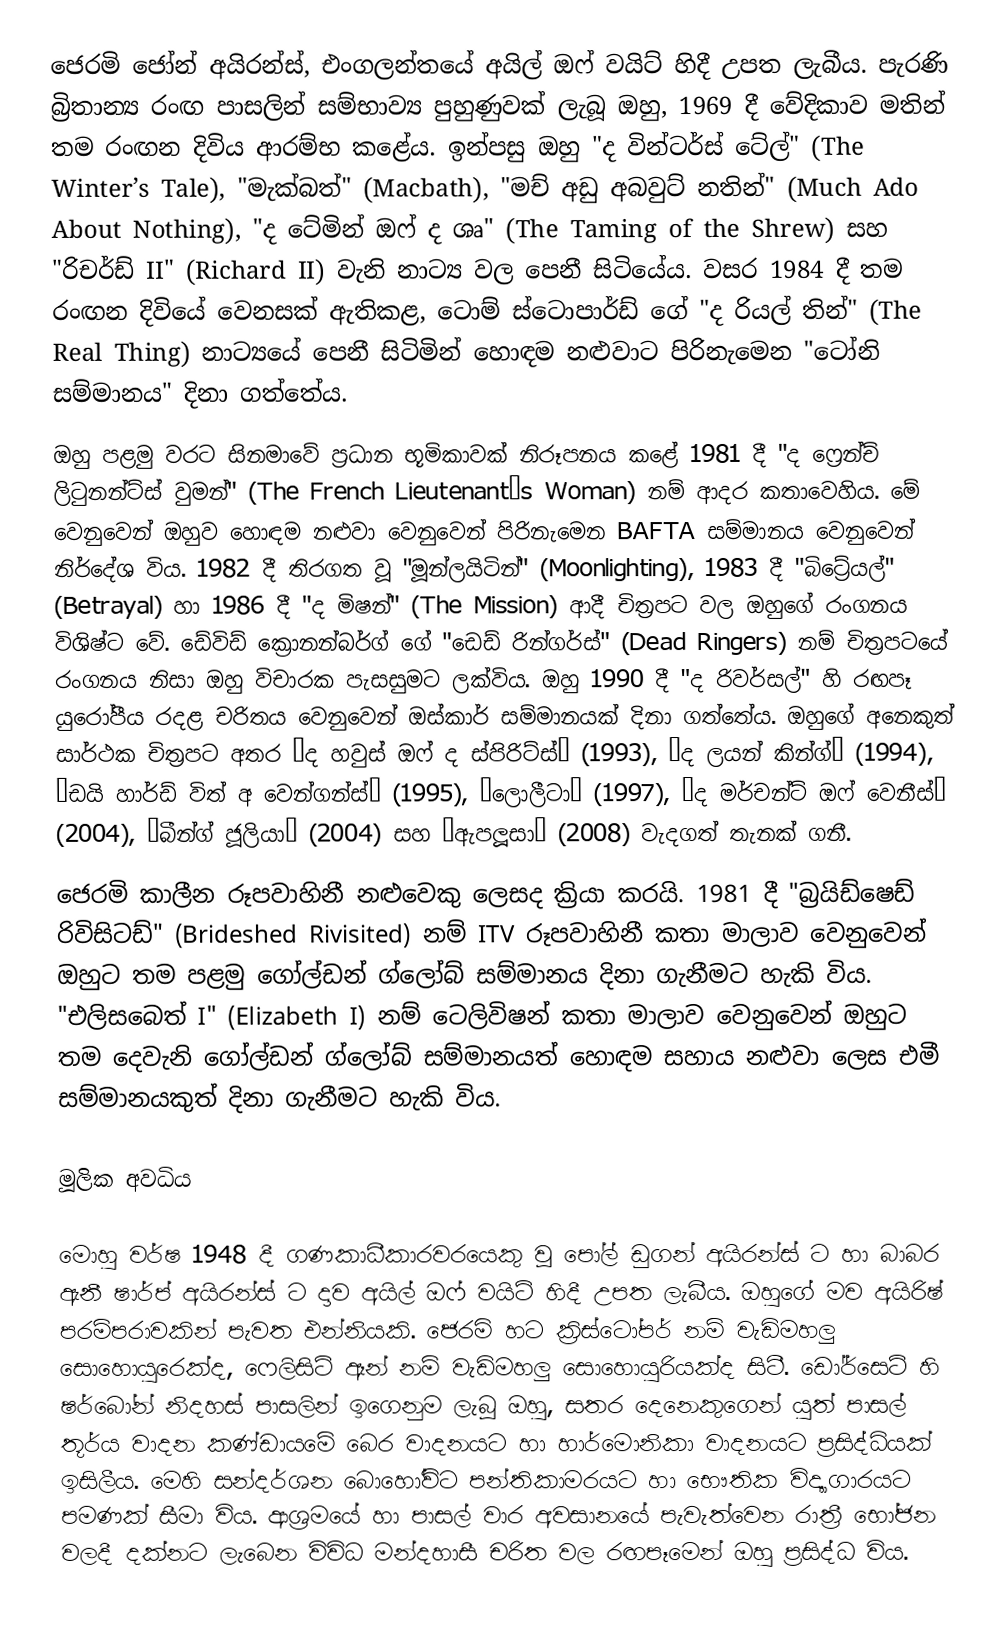
ජෙරමි ජෝන් අයිරන්ස්, එංගලන්තයේ අයිල් ඔෆ් වයිට් හිදී උපත ලැබීය. පැරණි බ්‍රිතාන්‍ය රංඟ පාසලින් සම්භාව්‍ය පුහුණුවක් ලැබූ ඔහු, 1969 දී වේදිකාව මතින් තම රංඟන දිවිය ආරම්භ කළේය. ඉන්පසු ඔහු "ද වින්ටර්ස් ටේල්" (The Winter’s Tale), "මැක්බත්" (Macbath), "මච් අඩු අබවුට් නතින්" (Much Ado About Nothing), "ද ටේමින් ඔෆ් ද ශෘ" (The Taming of the Shrew) සහ "රිචර්ඩ් II" (Richard II) වැනි නාට්‍ය වල පෙනී සිටියේය. වසර 1984 දී තම රංඟන දිවියේ වෙනසක් ඇතිකළ, ටොම් ස්ටොපාර්ඩ් ගේ "ද රියල් තින්" (The Real Thing) නාට්‍යයේ පෙනී සිටිමින් හොඳම නළුවාට පිරිනැමෙන "ටෝනි සම්මානය" දිනා ගත්තේය.
ඔහු පළමු වරට සිනමාවේ ප්‍රධාන භූමිකාවක් නිරූපනය කළේ 1981 දී "ද ෆ්‍රෙන්ච් ලිටුනන්ට්ස් වුමන්" (The French Lieutenant’s Woman) නම් ආදර කතාවෙහිය. මේ වෙනුවෙන් ඔහුව හොඳම නළුවා වෙනුවෙන් පිරිනැමෙන BAFTA සම්මානය වෙනුවෙන් නිර්දේශ විය. 1982 දී තිරගත වූ "මූන්ලයිටින්" (Moonlighting), 1983 දී "බිට්‍රේයල්" (Betrayal) හා 1986 දී "ද මිෂන්" (The Mission) ආදී චිත්‍රපට වල ඔහුගේ රංගනය විශිෂ්ට වේ. ඩේවිඩ් ක්‍රොනන්බර්ග් ගේ "ඩෙඩ් රින්ගර්ස්" (Dead Ringers) නම් චිත්‍රපටයේ රංගනය නිසා ඔහු විචාරක පැසසුමට ලක්විය. ඔහු 1990 දී "ද රිවර්සල්" හි රඟපෑ යුරෝපීය රදළ චරිතය වෙනුවෙන් ඔස්කාර් සම්මානයක් දිනා ගත්තේය. ඔහුගේ අනෙකුත් සාර්ථක චිත්‍රපට අතර “ද හවුස් ඔෆ් ද ස්පිරිට්ස්” (1993), “ද ලයන් කින්ග්” (1994), “ඩයි හාර්ඩ් විත් අ වෙන්ගන්ස්” (1995), “ලොලීටා” (1997), “ද මර්චන්ට් ඔෆ් වෙනීස්” (2004), “බීන්ග් ජූලියා” (2004) සහ “ඇපලූසා” (2008) වැදගත් තැනක් ගනී.
ජෙරමි කාලීන රූපවාහිනී නළුවෙකු ලෙසද ක්‍රියා කරයි. 1981 දී "බ්‍රයිඩ්ෂෙඩ් රිවිසිටඩ්" (Brideshed Rivisited) නම් ITV රූපවාහිනී කතා මාලාව වෙනුවෙන් ඔහුට තම පළමු ගෝල්ඩන් ග්ලෝබ් සම්මානය දිනා ගැනීමට හැකි විය. "එලිසබෙත් I" (Elizabeth I) නම් ටෙලිවිෂන් කතා මාලාව වෙනුවෙන් ඔහුට තම දෙවැනි ගෝල්ඩන් ග්ලෝබ් සම්මානයත් හොඳම සහාය නළුවා ලෙස එමී සම්මානයකුත් දිනා ගැනීමට හැකි විය.

මූලික අවධිය

මොහු වර්ෂ 1948 දී ගණකාධීකාරවරයෙකු වූ පෝල් ඩුගන් අයිරන්ස් ට හා බාබර ඇනී ෂාර්ප් අයිරන්ස් ට දාව අයිල් ඔෆ් වයිට් හිදී උපත ලැබීය. ඔහුගේ මව අයිරිෂ් පරම්පරාවකින් පැවත එන්නියකි. ජෙරමි හට ක්‍රිස්ටෝපර් නම් වැඩිමහලු සොහොයුරෙක්ද, ෆෙලිසිටි ඈන් නම් වැඩිමහලු සොහොයුරියක්ද සිටී. ඩෝර්සෙට් හි ෂර්බෝන් නිදහස් පාසලින් ඉගෙනුම ලැබූ ඔහු, සතර දෙනෙකුගෙන් යුත් පාසල් තූර්ය වාදන කණ්ඩායමේ බෙර වාදනයට හා හාර්මොනිකා වාදනයට ප්‍රසිද්ධියක් ඉසිලීය. මෙහි සන්දර්ශන බොහෝවිට පන්තිකාමරයට හා භෞතික විද්‍යාගාරයට පමණක් සීමා විය. ආශ්‍රමයේ හා පාසල් වාර අවසානයේ පැවැත්වෙන රාත්‍රී භෝජන වලදී දක්නට ලැබෙන විවිධ මන්දහාසී චරිත වල රඟපෑමෙන් ඔහු ප්‍රසිද්ධ විය.